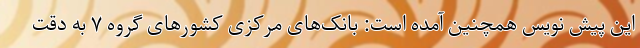
این پیش نویس همچنین آمده است: بانک‌های مرکزی کشور‌های گروه ۷ به دقت